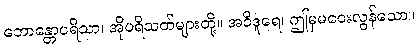
ဘောန္တောပရိသာ၊ အိုပရိသတ်များတို့။ အဝိဒူရေ၊ ဤမှမဝေးလွန်သော။